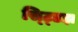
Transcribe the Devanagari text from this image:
स्ट्डिझ